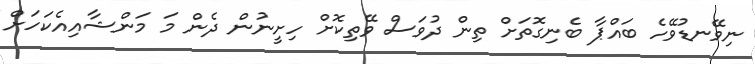
ނިވޭނޑުވޭހެ ބައްޕާ ބެނިގޮތަށް ތިން ދުވަސް ވޭތިކޮށް ހިށީނުން ދެން މަ މަންޝާއިއެކަހަށް